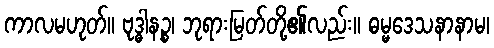
ကာလမဟုတ်။ ဗုဒ္ဓါနဉ္စ၊ ဘုရားမြတ်တို့၏လည်း။ ဓမ္မဒေသနာနာမ၊